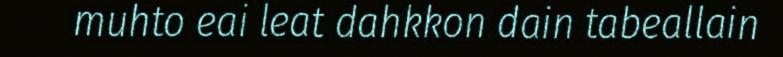
muhto eai leat dahkkon dain tabeallain